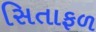
સિતાફળ